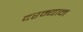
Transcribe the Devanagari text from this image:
दरम्‍यान